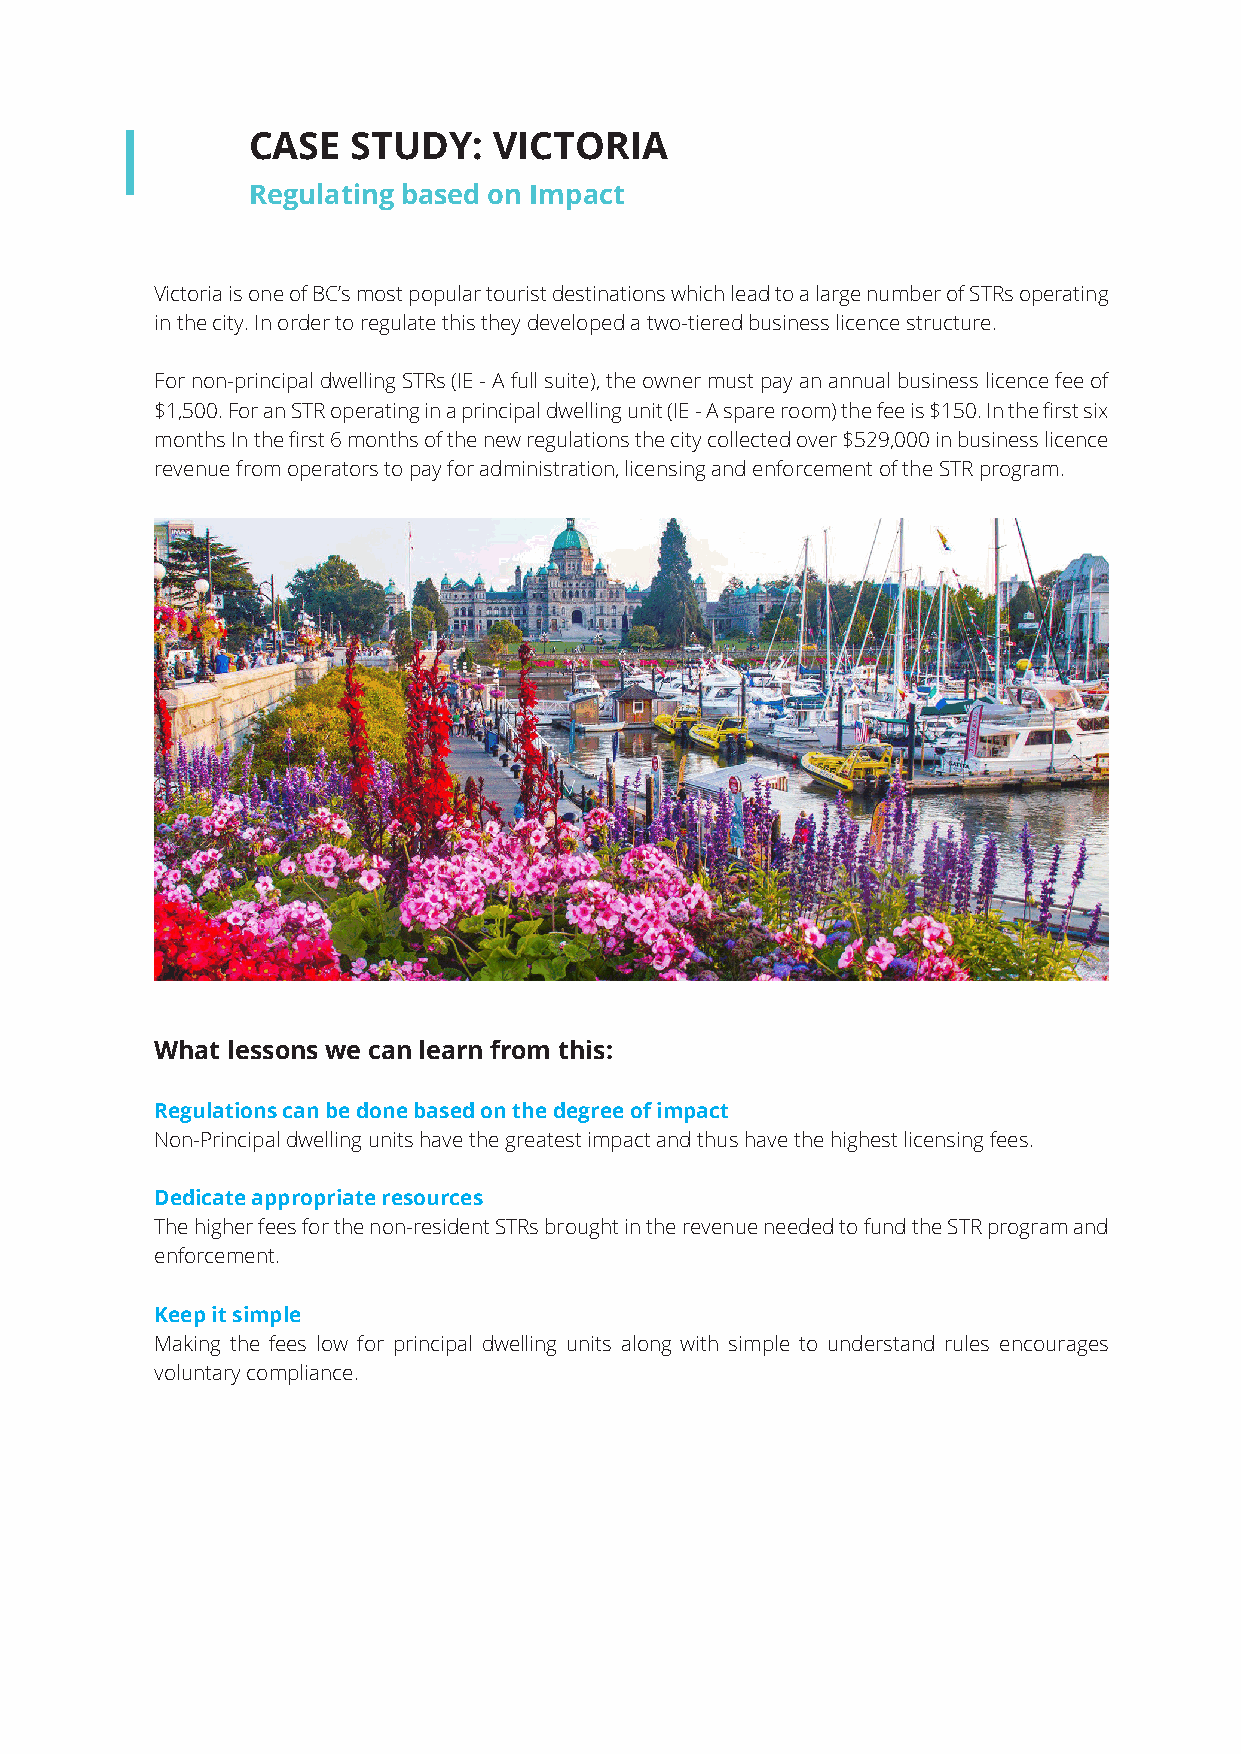
CASE   STUDY:    VICTORIA
 Regulating based on Impact
 Victoria is one of BC’s most popular tourist destinations which lead to a large number of STRs operating
 in the city. In order to regulate this they developed a two-tiered business licence structure.
 For non-principal dwelling STRs (IE - A full suite), the owner must pay an annual business licence fee of
 $1,500. For an STR operating in a principal dwelling unit (IE - A spare room) the fee is $150. In the first six
 months In the first 6 months of the new regulations the city collected over $529,000 in business licence
 revenue from operators to pay for administration, licensing and enforcement of the STR program.
 What lessons we can learn from this:
 Regulations can be done based on the degree of impact
 Non-Principal dwelling units have the greatest impact and thus have the highest licensing fees.
 Dedicate appropriate resources
 The higher fees for the non-resident STRs brought in the revenue needed to fund the STR program and
 enforcement.
 Keep it simple
 Making the fees low for principal dwelling units along with simple to understand rules encourages
 voluntary compliance.
 Web design & development for Company Name 9